system: You are a helpful assistant.
user:
Analyze the provided spectrum to determine if it is a **"Cataclysmic Variables (CV)"**.

- **Key Indicators for CV (Check for either state):**
    - **State 1: Quiescent / Low-State (Emission-Dominated)**
        - **(Primary):** Strong and *very broad* Hydrogen Balmer emission lines (e.g., $H\alpha$ at 6563 Å, $H\beta$ at 4861 Å). The 'broadness' (high velocity dispersion, often FWHM > 1000 km/s) is the key diagnostic, indicating a high-velocity accretion disk.
        - **(Secondary):** Broad neutral Helium (He I) emission lines (e.g., 5876 Å, 6678 Å).
        - **(Key Confirmation):** Presence of high-excitation *ionized* Helium (He II) emission at 4686 Å. This is a strong indicator of accretion onto a white dwarf.
        - **(Line Profile):** Emission lines may exhibit a 'double-peaked' profile, which is a classic signature of a rotating accretion disk viewed at high inclination.

    - **State 2: Outburst / High-State (Absorption-Dominated)**
        - **(Primary):** Spectrum is dominated by a bright, blue continuum (looks like a hot star).
        - **(Secondary):** The emission lines from State 1 are weak, absent, or 'filled in', and are replaced by broad, shallow *absorption* lines (primarily Balmer and He I).
        - **(Morphology):** The overall spectrum mimics a hot B/A-type star. The crucial difference is that the absorption lines are significantly broader, shallower, and more 'washed-out' (or 'smeared') than the sharp lines of a normal stellar photosphere, due to high rotational speeds and pressure broadening in the disk.

Think first, call **spectral_visualization_tool** if needed to examine features in detail, then provide your final answer. Your response must adhere to the following strict rules:
1.  **Overall Structure:** Your response must follow the format `<think>...</think> <tool_call>...</tool_call> (if a tool is used) <answer>...</answer>`.
2.  **Tool Usage Constraint:** You may only make **one** tool call per turn.
3.  **Final Answer Format:** In the `<answer>` tag, your conclusion must be inside a `\boxed{}` command (e.g., `\boxed{YES}`), followed by your justification.

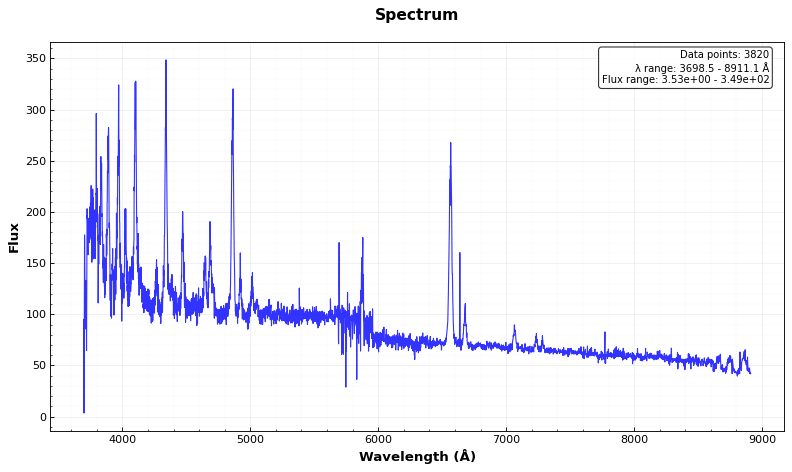
Answer: YES